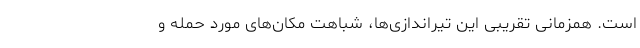
است. همزمانی تقریبی این تیراندازی‌ها، شباهت مکان‌های مورد حمله و